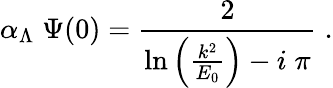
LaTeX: \alpha_{\Lambda}\; \Psi(0)=\frac{2}{\mathrm{ln}\left(\frac{k^{2}}{E_{0}}\right)-i\; \pi}\; .